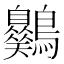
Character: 𪈪